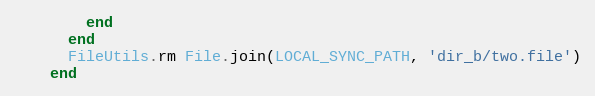
Language: Ruby
        end
      end
      FileUtils.rm File.join(LOCAL_SYNC_PATH, 'dir_b/two.file')
    end